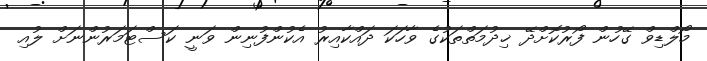
މޯލްޑިވް ގޭހުން ފޯރުކޮށްދޭ ޚިދުމަތްތަކުގެ ވާހަކަ ދައްކާއިރު އެކުންފުނިން ވަނީ ކަސްޓަމަރުންނަށް ލުއި